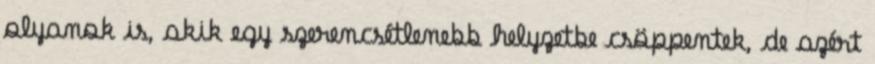
olyanok is, akik egy szerencsétlenebb helyzetbe csöppentek, de azért